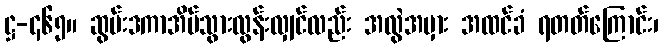
ဋ္ဌ-၄၆၅။ ဆွမ်းဒကာအိမ်သွားလွန်းလျှင်လည်း အလွဲအမှား အထင်ခံ ရတတ်ကြောင်း၊